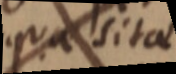
quaesita